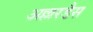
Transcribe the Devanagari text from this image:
अल्लरडैस